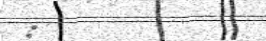
: